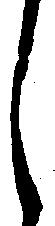
し